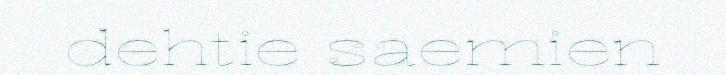
dehtie saemien